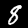
Label: 8